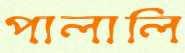
পালালি